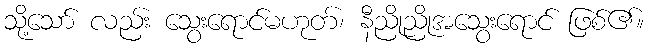
သို့သော် လည်း သွေးရောင်မဟုတ်၊ နီညိုညိုအသွေးရောင် ဖြစ်၏။